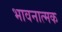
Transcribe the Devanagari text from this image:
भावनात्मक